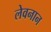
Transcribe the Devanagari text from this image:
लेवनान